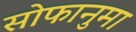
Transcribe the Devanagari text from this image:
सोफानुमा